Malaria in India - Number 2
Disease focus: Malaria
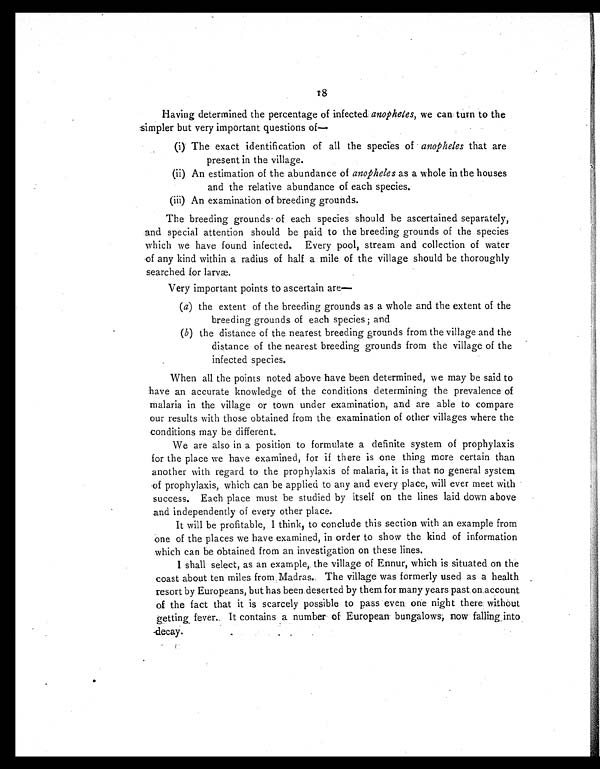
Having determined the percentage of infected anopheles, we can turn to the
simpler but very important questions of
—
(i) The exact identification of all the species of anopheles that are
present in the village.
(ii) An estimation of the abundance of anopheles as a whole in the houses
and the relative abundance of each species.
(iii) An examination of breeding grounds.
The breeding grounds of each species should be ascertained separately,
and special attention should be paid to the breeding grounds of the species
which we have found infected. Every pool, stream and collection of water
of any kind within a radius of half a mile of the village should be thoroughly
searched for larvæ.
Very important points to ascertain are
(a) the extent of the breeding grounds as a whole and the extent of the
breeding grounds of each species ; and
(b) the distance of the nearest breeding grounds from the village and the
distance of the nearest breeding grounds from the village of the
infected species.
When all the points noted above have been determined, we may be said to
have an accurate knowledge of the conditions determining the prevalence of
malaria in the village or town under examination, and are able to compare
our results with those obtained from the examination of other villages where the
conditions may be different.
We are also in a position to formulate a definite system of prophylaxis
for the place we have examined, for if there is one thing more certain than
another with regard to the prophylaxis of malaria, it is that no general system
of prophylaxis, which can be applied to any and every place, will ever meet with
success. Each place must be studied by itself on the lines laid down above
and independently of every other place.
It will be profitable, I think, to conclude this section with an example from
one of the places we have examined, in order to show the kind of information
which can be obtained from an investigation on these lines.
I shall select, as an example, the village of Ennur, which is situated on the
coast about ten miles from Madras. The village was formerly used as a health
resort by Europeans, but has been deserted by them for many years past on account
of the fact that it is scarcely possible to pass even one night there without
getting fever. It contains a number of European bungalows, now falling into
decay.